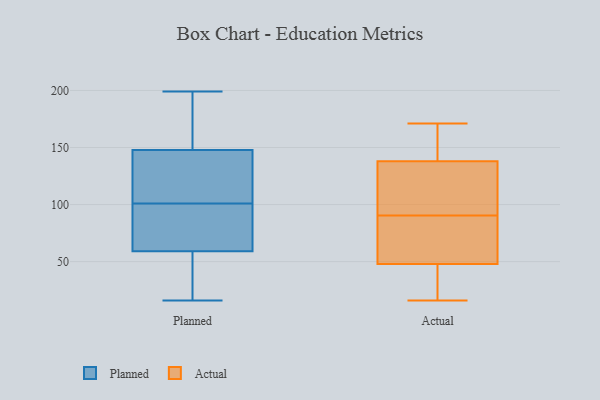
{"axis": {"x": "Temperature (°C)", "y": "Value"}, "legend": ["Actual", "Planned"], "data": [{"x": "", "y": 19, "type": "Planned"}, {"x": "", "y": 118, "type": "Planned"}, {"x": "", "y": 100, "type": "Planned"}, {"x": "", "y": 65, "type": "Planned"}, {"x": "", "y": 16, "type": "Planned"}, {"x": "", "y": 155, "type": "Planned"}, {"x": "", "y": 91, "type": "Planned"}, {"x": "", "y": 44, "type": "Planned"}, {"x": "", "y": 61, "type": "Planned"}, {"x": "", "y": 101, "type": "Planned"}, {"x": "", "y": 166, "type": "Planned"}, {"x": "", "y": 110, "type": "Planned"}, {"x": "", "y": 53, "type": "Planned"}, {"x": "", "y": 147, "type": "Planned"}, {"x": "", "y": 123, "type": "Planned"}, {"x": "", "y": 150, "type": "Planned"}, {"x": "", "y": 199, "type": "Planned"}, {"x": "", "y": 113, "type": "Actual"}, {"x": "", "y": 27, "type": "Actual"}, {"x": "", "y": 103, "type": "Actual"}, {"x": "", "y": 63, "type": "Actual"}, {"x": "", "y": 163, "type": "Actual"}, {"x": "", "y": 16, "type": "Actual"}, {"x": "", "y": 138, "type": "Actual"}, {"x": "", "y": 86, "type": "Actual"}, {"x": "", "y": 40, "type": "Actual"}, {"x": "", "y": 64, "type": "Actual"}, {"x": "", "y": 171, "type": "Actual"}, {"x": "", "y": 95, "type": "Actual"}, {"x": "", "y": 155, "type": "Actual"}, {"x": "", "y": 48, "type": "Actual"}]}